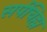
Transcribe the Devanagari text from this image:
सर्पचिह्म